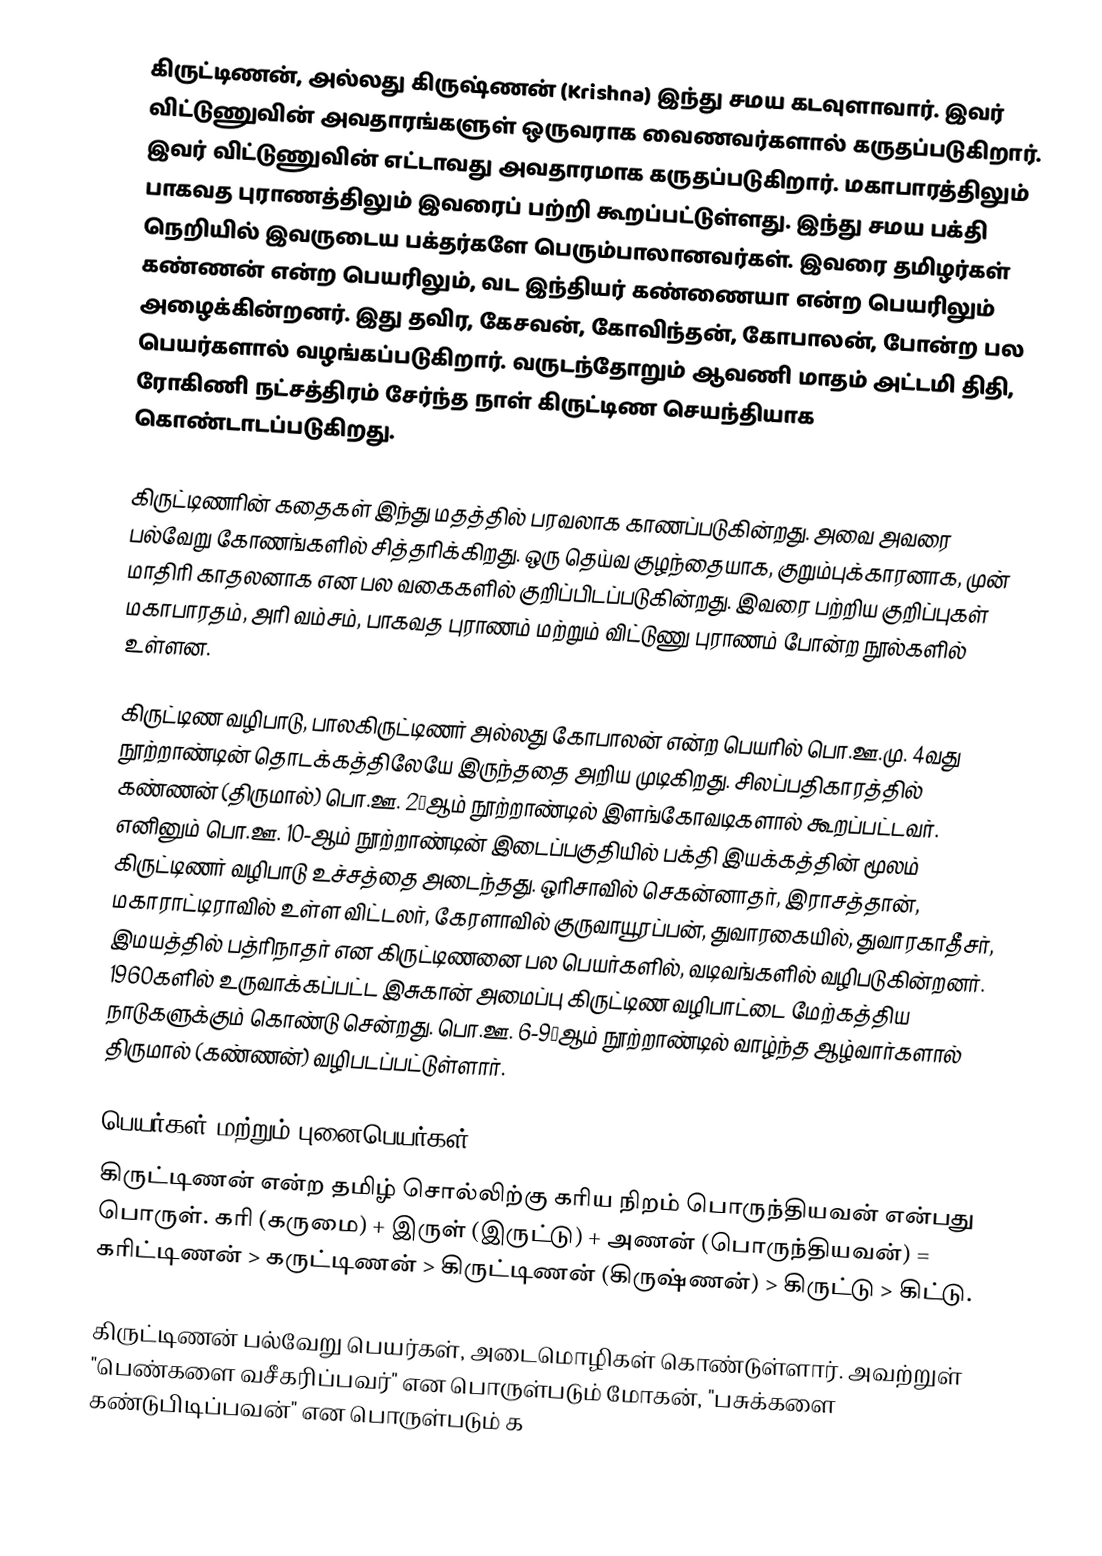
கிருட்டிணன், அல்லது கிருஷ்ணன் (Krishna) இந்து சமய கடவுளாவார். இவர் விட்டுணுவின் அவதாரங்களுள் ஒருவராக வைணவர்களால் கருதப்படுகிறார். இவர் விட்டுணுவின் எட்டாவது அவதாரமாக கருதப்படுகிறார். மகாபாரத்திலும் பாகவத புராணத்திலும் இவரைப் பற்றி கூறப்பட்டுள்ளது. இந்து சமய பக்தி நெறியில் இவருடைய பக்தர்களே பெரும்பாலானவர்கள். இவரை தமிழர்கள் கண்ணன் என்ற பெயரிலும், வட இந்தியர் கண்ணையா என்ற பெயரிலும் அழைக்கின்றனர். இது தவிர, கேசவன், கோவிந்தன், கோபாலன், போன்ற பல பெயர்களால் வழங்கப்படுகிறார். வருடந்தோறும் ஆவணி மாதம் அட்டமி திதி, ரோகிணி நட்சத்திரம் சேர்ந்த நாள் கிருட்டிண செயந்தியாக கொண்டாடப்படுகிறது.

கிருட்டிணரின் கதைகள் இந்து மதத்தில் பரவலாக காணப்படுகின்றது. அவை அவரை பல்வேறு கோணங்களில் சித்தரிக்கிறது. ஒரு தெய்வ குழந்தையாக, குறும்புக்காரனாக, முன் மாதிரி காதலனாக என பல வகைகளில் குறிப்பிடப்படுகின்றது. இவரை பற்றிய குறிப்புகள் மகாபாரதம், அரி வம்சம், பாகவத புராணம் மற்றும் விட்டுணு புராணம் போன்ற நூல்களில் உள்ளன.

கிருட்டிண வழிபாடு, பாலகிருட்டிணர் அல்லது கோபாலன் என்ற பெயரில் பொ.ஊ.மு. 4வது நூற்றாண்டின் தொடக்கத்திலேயே இருந்ததை அறிய முடிகிறது. சிலப்பதிகாரத்தில் கண்ணன் (திருமால்) பொ.ஊ. 2‐ஆம் நூற்றாண்டில் இளங்கோவடிகளால் கூறப்பட்டவர். எனினும் பொ.ஊ. 10-ஆம் நூற்றாண்டின் இடைப்பகுதியில் பக்தி இயக்கத்தின் மூலம் கிருட்டிணர் வழிபாடு உச்சத்தை அடைந்தது. ஒரிசாவில் செகன்னாதர், இராசத்தான், மகாராட்டிராவில் உள்ள விட்டலர், கேரளாவில்  குருவாயூரப்பன், துவாரகையில், துவாரகாதீசர், இமயத்தில் பத்ரிநாதர் என கிருட்டிணனை பல பெயர்களில், வடிவங்களில் வழிபடுகின்றனர். 1960களில் உருவாக்கப்பட்ட இசுகான் அமைப்பு கிருட்டிண வழிபாட்டை மேற்கத்திய நாடுகளுக்கும் கொண்டு சென்றது. பொ.ஊ. 6-9‐ஆம் நூற்றாண்டில் வாழ்ந்த ஆழ்வார்களால் திருமால் (கண்ணன்) வழிபடப்பட்டுள்ளார்.

பெயர்கள் மற்றும் புனைபெயர்கள்
கிருட்டிணன் என்ற தமிழ் சொல்லிற்கு  கரிய நிறம் பாெருந்தியவன் என்பது பாெருள். கரி (கருமை) + இருள் (இருட்டு) + அணன் (பாெருந்தியவன்) = கரிட்டிணன் > கருட்டிணன் > கிருட்டிணன் (கிருஷ்ணன்) > கிருட்டு > கிட்டு.

கிருட்டிணன் பல்வேறு பெயர்கள், அடைமொழிகள் கொண்டுள்ளார். அவற்றுள் "பெண்களை வசீகரிப்பவர்" என பொருள்படும் மோகன், "பசுக்களை கண்டுபிடிப்பவன்" என பொருள்படும் க